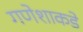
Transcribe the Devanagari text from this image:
गणेशाकडे